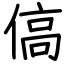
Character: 傐